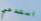
استدعي